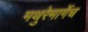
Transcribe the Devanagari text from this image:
मथुरेमार्गेच